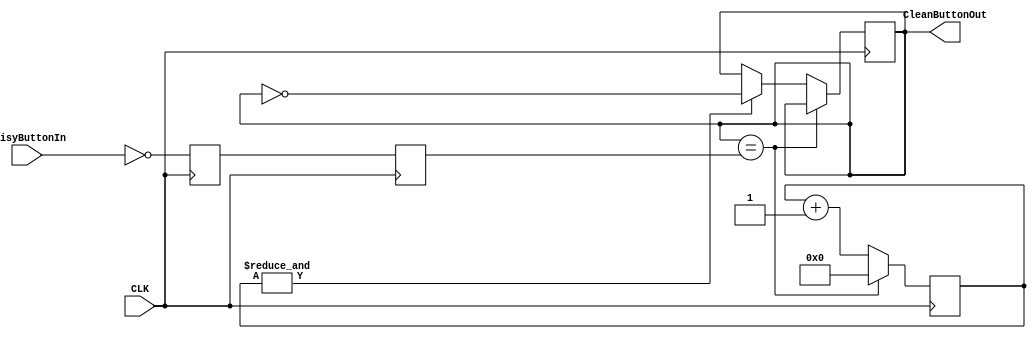
/*
 *		Module		:	Button Debouncer Module
 * 	Description	: 	It samples the input signal and transfers 
 * 						the input only when it is stable for BOUNCE_DELAY
 *							times.
 *		Inputs		: 	NoisyButtonIn	=> Raw button input (Active LOW), 
 *													Assumed Noisy
 *						:	CLK 				=> Button Controller CLK
 * 					:	RST_N 			=> Active Low Reset
 *
 *		Outputs		: 	CleanButtonOut	=> Debounced Button Output
 *		Owner			: 	Ataberk KL
 */
 
module ButtonDebouncer
#(
	parameter COUNTER_REG_SIZE = 16
)(
    input CLK,
    input NoisyButtonIn,  				// Active Low
    output reg CleanButtonOut = 1   // Avtive High
);

// Synchronization
reg PB_sync_0;  always @(posedge CLK) PB_sync_0 <= ~NoisyButtonIn;
reg PB_sync_1;  always @(posedge CLK) PB_sync_1 <= PB_sync_0;

// Counter
reg [COUNTER_REG_SIZE-1:0] Counter = 0;

wire PB_idle = (CleanButtonOut==PB_sync_1);

wire Counter_max = &Counter;	// Time out?

always @(posedge CLK)
	if(PB_idle)
		// Still Stable
		Counter <= 0;
	else
		begin
			// Input is changed, Start Counter
			Counter <= Counter + 16'd1;
			if(Counter_max) CleanButtonOut <= ~CleanButtonOut;  
				// If the counter is maxed out, It is stable for enough time
		end
		
		
endmodule